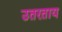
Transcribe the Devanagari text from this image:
उतरताय